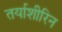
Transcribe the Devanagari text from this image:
तर्याशीरिन